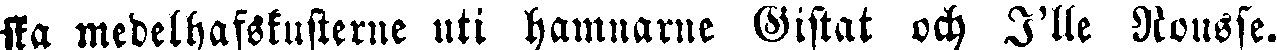
ska medelhafskusterne uti hamnarne Gistat och I'lle Rousse.